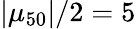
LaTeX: |\mu_{\mathrm{50}}|/2=5